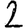
Digit: 2